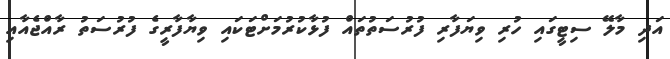
އަދި މާލޭ ސިޓީގައި ހުރި ވިޔަފާރި ފުރުސަތުތައް ފުޅާކުރުމަށްޓަކައި ވިޔާފާރީގެ ފުރުސަތު ރާއްޖެއާއި